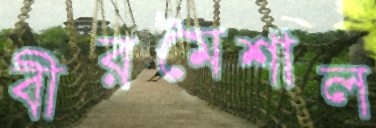
বীরমৈশাল